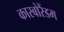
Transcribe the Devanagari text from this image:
कारबोरैंडम